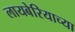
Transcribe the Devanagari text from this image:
लायबेरियाच्या